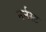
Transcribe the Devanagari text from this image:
नर्नस्ट